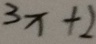
3 x + 2